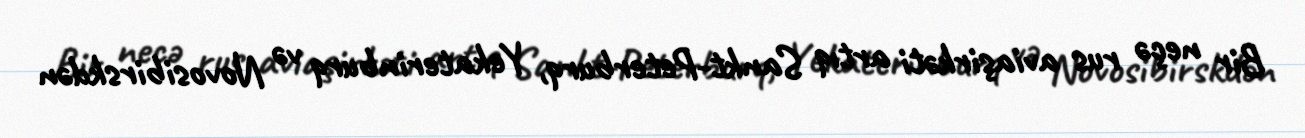
Bir neçə rus aviaşirkəti artıq Sankt-Peterburq, Yekaterinburq və Novosibirskdən